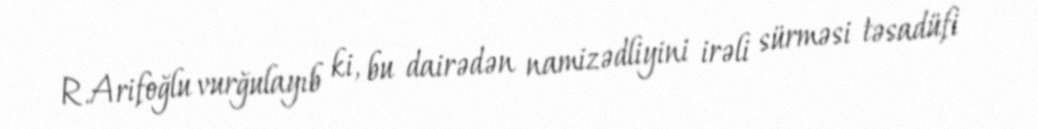
R.Arifoğlu vurğulayıb ki, bu dairədən namizədliyini irəli sürməsi təsadüfi